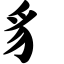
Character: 豸